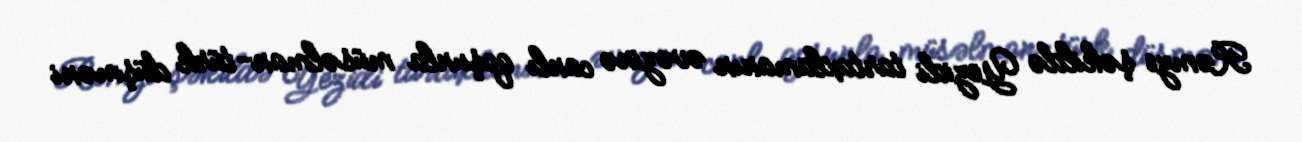
Rəmzi şəkildə Yezidi tartaxlamanın əvəzinə canlı qoşunla müsəlman-türk düşməni